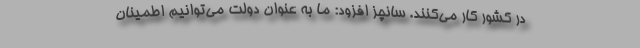
در کشور کار می‌کنند. سانچز افزود: ما به عنوان دولت می‌توانیم اطمینان